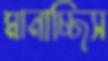
মানাচ্ছিস